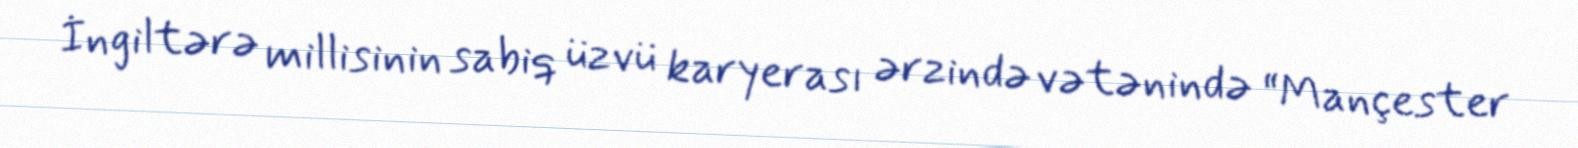
İngiltərə millisinin sabiq üzvü karyerası ərzində vətənində “Mançester